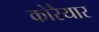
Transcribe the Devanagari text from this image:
कोरैयार